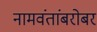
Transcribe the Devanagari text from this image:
नामवंतांबरोबर